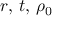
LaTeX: r , \, t , \, \rho _ { 0 }